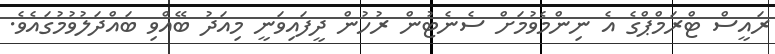
ރައީސް ޓްރަމްޕްގެ އެ ނިންމެވުމަށް ސެނެޓުން ރުހުން ދީފައިވަނީ މިއަދު ބޭއްވި ބައްދަލުވުމުގައެވެ.